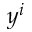
y ^ { i }